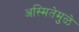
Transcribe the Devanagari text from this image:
अस्मितेमुळे